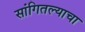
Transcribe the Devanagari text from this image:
सांगितल्याचा